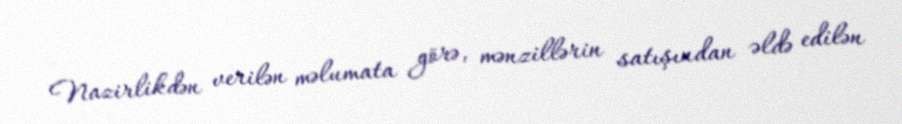
Nazirlikdən verilən məlumata görə, mənzillərin satışından əldə edilən